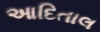
આદિતાલ